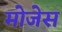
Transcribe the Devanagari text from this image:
मोजेस